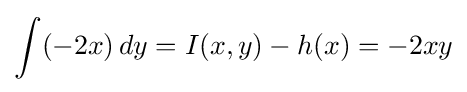
\int (-2x)\,dy=I(x,y)-h(x)=-2xy